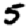
Digit: 5